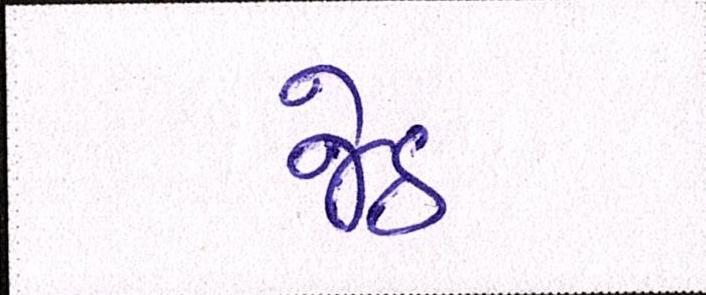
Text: જેઠ